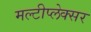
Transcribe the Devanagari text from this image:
मल्टीप्लेक्सर